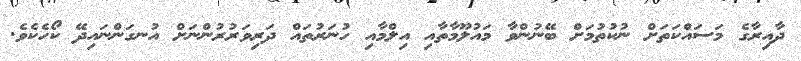
ދާއިރާގެ މަސައްކަތަށް ނުކުތުމަށް ބޭނުންވާ މައުލޫމާތާއި އިލްމާއި ހުނަރުތައް ދަރިވަރުރުންނަށް އުނގަންނައިދޭ ކޯހެކެވެ.